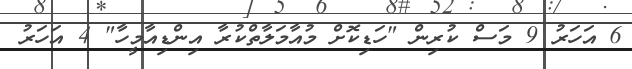
6 އަހަރު 9 މަސް ކުރިން "ހަޑިކޮށް މުއާމަލާތްކުރާ އިންޑިއާމީހާ" 4 އަހަރު